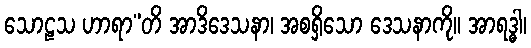
သောဠသ ဟာရာ”တိ အာဒိဒေသနာ၊ အစရှိသော ဒေသနာကို။ အာရဒ္ဓါ၊